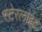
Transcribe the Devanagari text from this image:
स्टेरलाइट